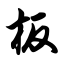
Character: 板